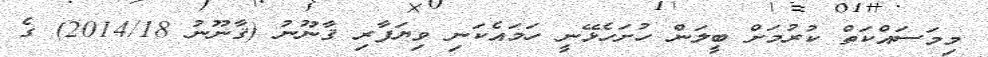
މިމަސައްކަތް ކުރުމަށް ބީލަން ހުށަހެޅޭނީ ހަމައެކަނި ވިޔަފާރި ޤާނޫނު (ޤާނޫނު 2014/18) ގެ